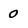
Character: 0